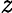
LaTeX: \displaystyle\mathit{z}